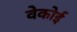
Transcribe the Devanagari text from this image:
वेकोई